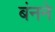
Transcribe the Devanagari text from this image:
बंनने